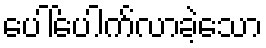
ပေါ်ပေါက်လာခဲ့သော